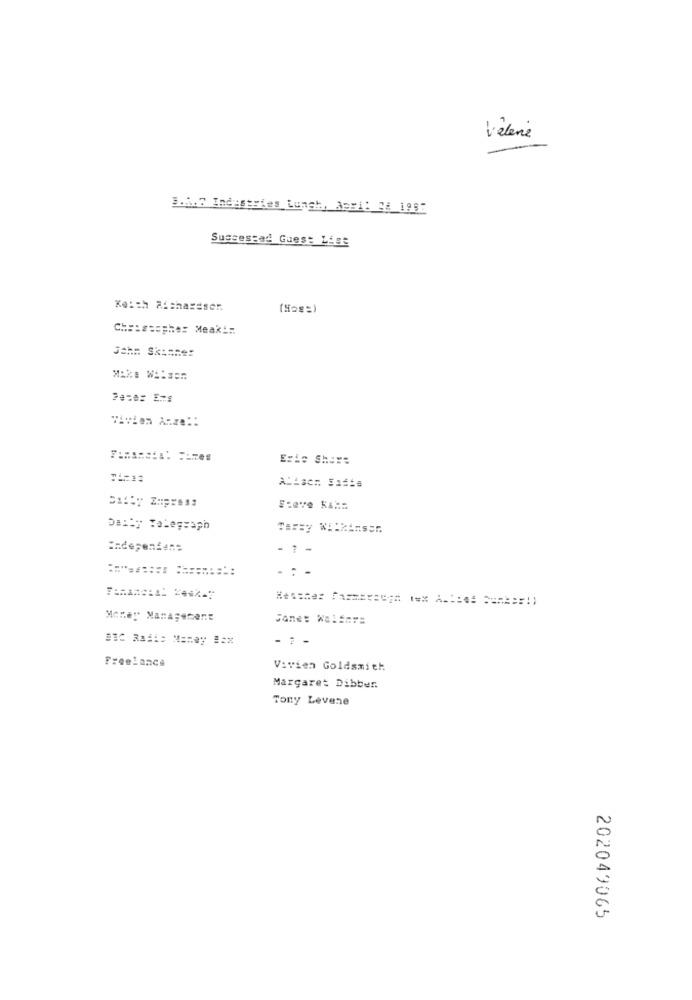
Vielene
B.A.D Industries Lunch, Apr1: 28 1987
Sussessad Guest List
Keith Richardser.
(Has =)
Che: stopher Meaki :.
John Skinner
Erie Sheys
Steve KAAS
Daily Telegraph
Tarsy WHIMAnser
Independent
- 1 -
========= =========
-:-
Jane: Walfnrs
- 7-
Freelance
Vivien Goldsmith
Margaret Dibber.
Tony Levene
202049065